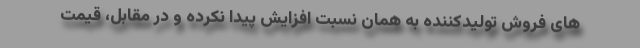
های فروش تولیدکننده به همان نسبت افزایش پیدا نکرده و در مقابل، قیمت